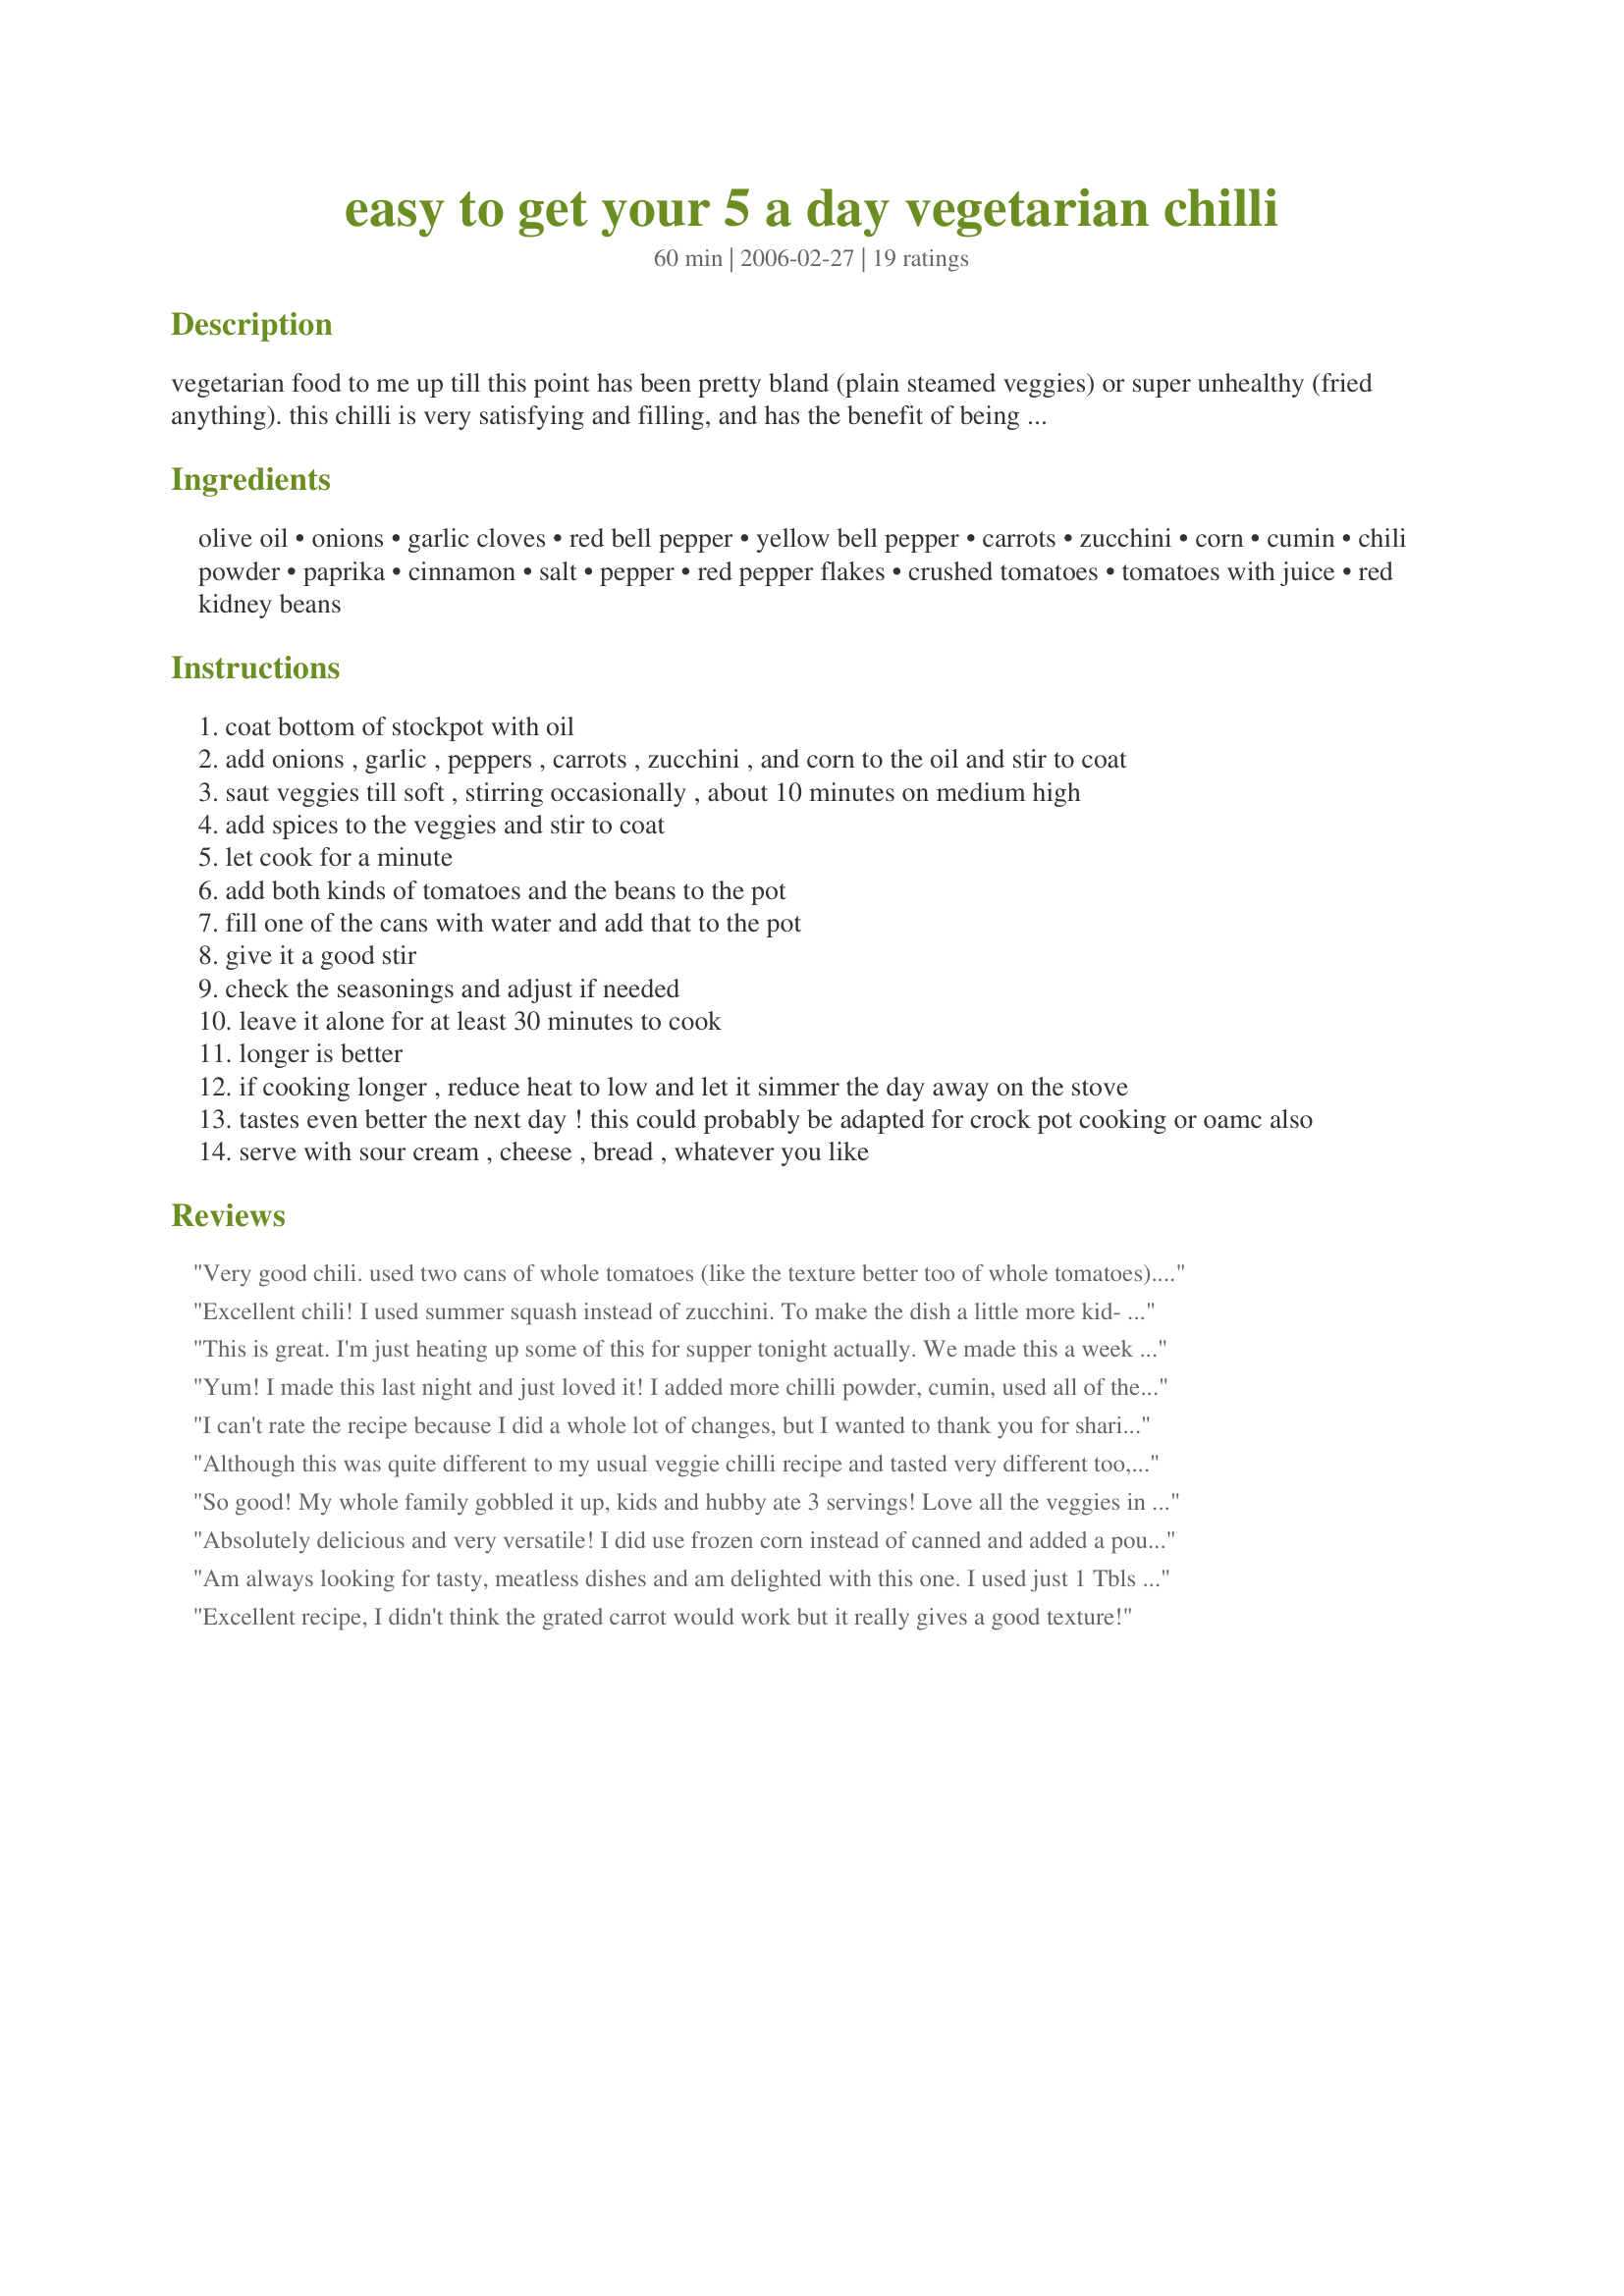
easy to get your 5 a day vegetarian chilli
Preparation time: 60 minutes

vegetarian food to me up till this point has been pretty bland (plain steamed veggies) or super unhealthy (fried anything). this chilli is very satisfying and filling, and has the benefit of being healthy and delicious! the colors are gorgeous in the pot also. sub in your favorite vegetables or beans to suit your taste or the season, or indeed, add meat, though i can't see you would need any animals here. i use chugwater chilli mix (a spice mix with chili powder, garlic, spices and masa harina - try it if you can it is fabulous) but have tried to recreate the seasonings here. i am not insane by suggesting 1 can crushed tomatoes and 1 can whole, i just like the texture of the whole tomatoes better. the crushed tend to be too runny for my taste. use one or the other, if that is all you have. all measurements are approximate.

Ingredients:
olive oil, onions, garlic cloves, red bell pepper, yellow bell pepper, carrots, zucchini, corn, cumin, chili powder, paprika, cinnamon, salt, pepper, red pepper flakes, crushed tomatoes, tomatoes with juice, red kidney beans

Steps:
coat bottom of stockpot with oil
add onions , garlic , peppers , carrots , zucchini , and corn to the oil and stir to coat
saut veggies till soft , stirring occasionally , about 10 minutes on medium high
add spices to the veggies and stir to coat
let cook for a minute
add both kinds of tomatoes and the beans to the pot
fill one of the cans with water and add that to the pot
give it a good stir
check the seasonings and adjust if needed
leave it alone for at least 30 minutes to cook
longer is better
if cooking longer , reduce heat to low and let it simmer the day away on the stove
tastes even better the next day ! this could probably be adapted for crock pot cooking or oamc also
serve with sour cream , cheese , bread , whatever you like

Reviews:
Very good chili. used two cans of whole tomatoes (like the texture better too of whole tomatoes). The only drawback (for us) was that it was too much cumin. It sort of overpowered. Next time (yes there certainly will be a next time)I make it I'll cut down the cumin to two teaspoons instead of tablespoons.
Thanks for a very tasty veggie recipe.
Excellent chili! I used summer squash instead of zucchini. To make the dish a little more kid- and grandma-friendly, I cut the chili powder in half and the chili was still very flavorful. I will be making this dish again.
This is great. I'm just heating up some of this for supper tonight actually. We made this a week or so back, and froze the leftovers. I definitely recommend Not decreasing the cumin, it's got a really nice flavour.
Yum! I made this last night and just loved it! I added more chilli powder, cumin, used all of the bell peppers, took out the zucchini, and added black beans (personal preference). I also used rotel's chilli fixins. Very spicy - just the way i like it! I sprinkled a little bit of chedder cheese and a little dollop of sour cream. Very filling!
I can't rate the recipe because I did a whole lot of changes, but I wanted to thank you for sharing such a terrific healthy chili recipe! I added 1lb browned ground turkey. Subbed 2 cans medium Rotel for the whole canned tomatoes. Followed other reviewers and decreased the cumin to 1 TB, didn't add cinnamon or paprika, added a lot of worchestershire sauce, a big spoonful of A-1, and a few big splashes of Liquid Smoke. I also grated all the vegetables (and left out the corn) because we don't like chunky chili and cooked it in the crockpot for 5 hours, like how another reviewer suggested. All the veggies are hidden, so it looks and tastes like meaty chili with beans. We love it!
Although this was quite different to my usual veggie chilli recipe and tasted very different too, it was delicious and I shall be making it again. I too was a little sceptical of the grated carrot idea but it really worked well.
I halved the recipe but otherwise followed it faithfully.
I notice one other reviewer mentioned adding ground turkey 'for protein'. That's fine if it is a matter of taste, but the kidney beans are a perfectly good alternative protein so there is no need from a nutritional point of view.
So good! My whole family gobbled it up, kids and hubby ate 3 servings! Love all the veggies in here. Added 1 lb lean ground turkey for protein, added a 15oz can of beef broth and a 6 oz can of tomato paste. Played with the spices a bit (doubled the chili powder and paprika, kept the cumin as is, forgot the cinnamon). Used the 2 large cans of tomatoes I had on hand (1 was diced, 1 was whole), and simmered for about an hour. This made a huge batch, I'll freeze the extra for another meal. Thanks for the recipe.
Absolutely delicious and very versatile! I did use frozen corn instead of canned and added a pound of ground turkey to satisfy the more carnivorous folks I was feeding. I did add a touch of cayenne and allspice, 1 t. vegetable "Better Than Boullion", and a bit of flour to thicken it up.
Am always looking for tasty, meatless dishes and am delighted with this one. I used just 1 Tbls cumin and did not add the red pepper flakes or the cinnamon. Cooked on high in crockpot for about 5 hours. This is definitely a keeper!
Excellent recipe, I didn't think the grated carrot would work but it really gives a good texture!
We have made this twice and loved it both times, even our little kids ate it! I don't like corn in my chili, but everything else was great.
This is a great vegetarian recipe; I'm a meat eater as a rule, but have felt absolutely no need to add meat of any kind to this recipe. I've made it several times now, and use the basic recipe with slightly different veggies each time - really nice with pumpkin added.
I gave this 3 stars because as a recipe, it wasn't to my taste for chili, but after some quick fixes, it ended up enjoyable so it could be a good base recipe. I felt that there was too much tomato, not enough beans. I will admit that I cooked it in the slow cooker, so maybe that affected the taste. I chopped up all of the veggies (except the zucchini) and microwaved them in a big glass dish with the aromatics (per the way America's test kitchen does most of their recipes in their Slow Cooker Revolution book) before putting them into the slow cooker and the onions were still not done after 4 hours on high - and my cooker runs hot. We let it cook longer and then gave it a taste and it just wasn't what we were looking for, which was unfortunate because I had doubled the recipe since this had received good reviews. I added a can of baked beans and a can of refried beans, some oregano and parsley and that helped a lot. After the fixes we really enjoyed it and DH had a second bowl and he originally didn't want to eat any of it. So, I might make the recipe again, but probably omit the can of whole tomatoes and add more beans.
SO quick, easy to date!
LOVE is LOW FAT, healthy too!
GREAT way to get 5 a day!
This will be a keeper is what I want to say!
THANKS!
Delicious! My vegan son said it was a top 5 recipe (that is high praise from him!). I didn't add the carrots (I didn't have any), but didn't make any other changes to the recipe. The pinch of cinnamon added a nice middle eastern taste to the chili, and was a welcome change. I suggest that others don't leave it out, it is a great addition!
Great recipe! It looks like meat and tastes like "real" chilli!! Great way to get veggies in. I used my mini food processor to chop everything so it was super fast to put together too. Thanks, brew!!
This is a great chili recipe. It's nothing like our usual spicy 'Texas' chili, but it was really good, and I love that it has all those veggies!! I added a pound of extra lean ground beef (for my husband) and only used 1 TBSP of cumin like others suggested. We served it with LF sour cream and tortilla chips. Thanks!
This chili was great.I used whole peppers and an extra zucchini, just because I wanted to use it up.I added jalapenos and a couple drops of tobasco to spice it up a bit.The leftovers went a long way too.Very satisfying.
a little bland, i added twice as much chili powder and a lot of pepper. may try adding some jalapenos next time
